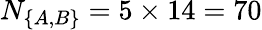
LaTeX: N_{\{ A,B\} }=5\times 14=70